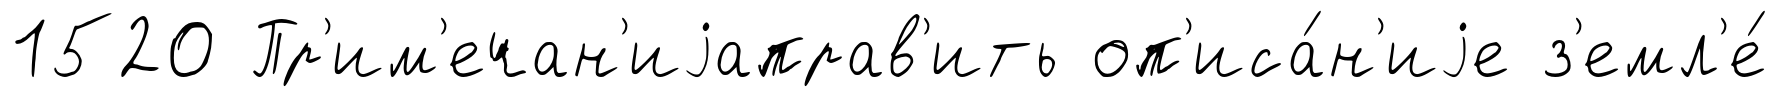
1520 Пр'им'ечан'иjаправ'ить оп'иса́н'иjе з'емл'е́